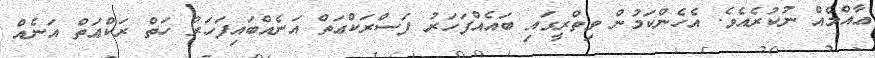
ޢާއްމެއް ނުކުރެއެވެ. އެހެންކަމުން ވިތްރީގައި ބައެއްފަހަރު ފަސްރަކްޢަތް އަނެއްބައިފަހަރު ހަތް ރަކްޢަތް އަނެއް